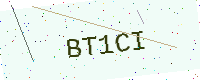
Text: BT1CI